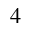
^ 4